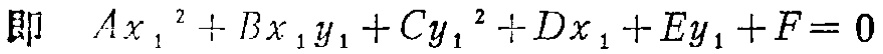
即 \(Ax_{1}^{2}+Bx_{1}y_{1}+Cy_{1}^{2}+Dx_{1}+Ey_{1}+F = 0\)